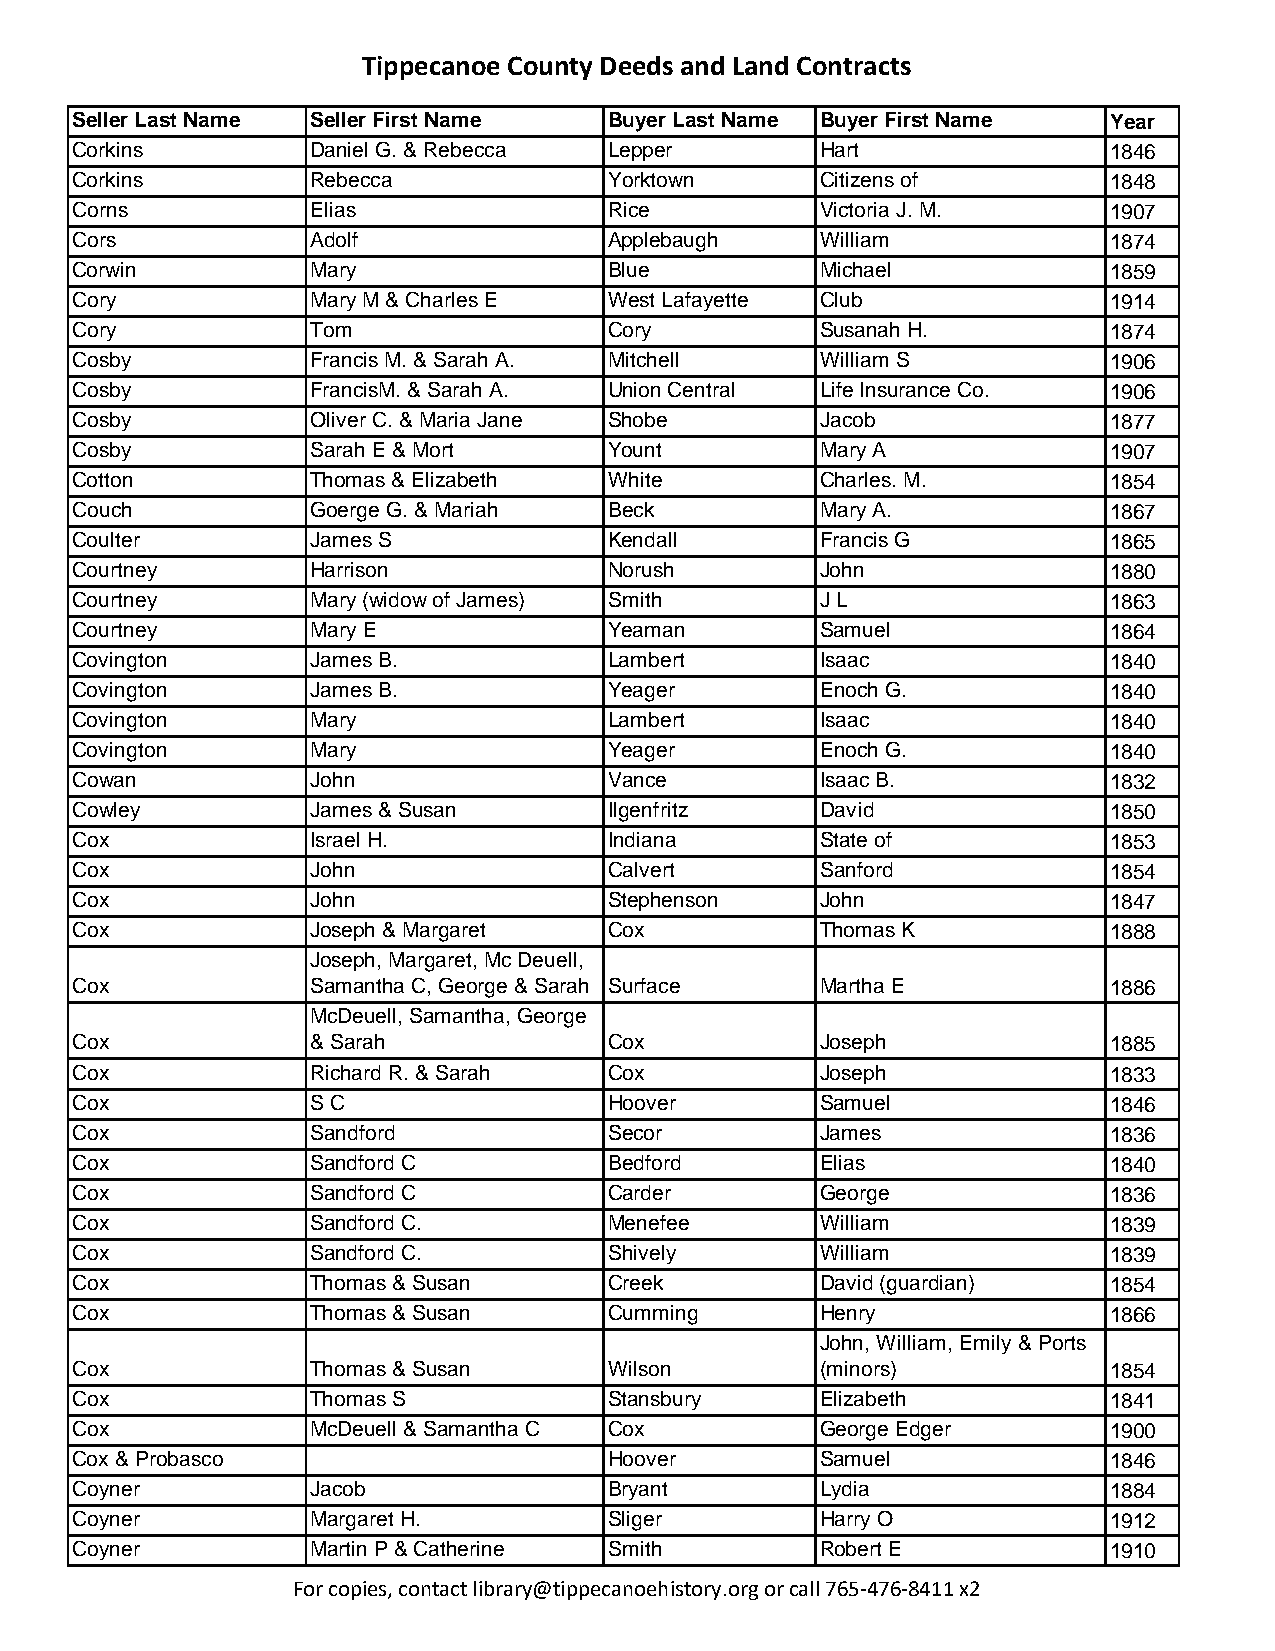
Tippecanoe County Deeds and Land Contracts
 Seller Last Name Seller First Name Buyer Last Name Buyer First Name Year
 Corkins         Daniel G. & Rebecca Lepper       Hart               1846
 Corkins         Rebecca            Yorktown      Citizens of        1848
 Corns           Elias              Rice          Victoria J. M.     1907
 Cors            Adolf              Applebaugh    William            1874
 Corwin          Mary               Blue          Michael            1859
 Cory            Mary M & Charles E West Lafayette Club              1914
 Cory            Tom                Cory          Susanah H.         1874
 Cosby           Francis M. & Sarah A. Mitchell   William S          1906
 Cosby           FrancisM. & Sarah A. Union Central Life Insurance Co. 1906
 Cosby           Oliver C. & Maria Jane Shobe     Jacob              1877
 Cosby           Sarah E & Mort     Yount         Mary A             1907
 Cotton          Thomas & Elizabeth White         Charles. M.        1854
 Couch           Goerge G. & Mariah Beck          Mary A.            1867
 Coulter         James S            Kendall       Francis G          1865
 Courtney        Harrison           Norush        John               1880
 Courtney        Mary (widow of James) Smith      J L                1863
 Courtney        Mary E             Yeaman        Samuel             1864
 Covington       James B.           Lambert       Isaac              1840
 Covington       James B.           Yeager        Enoch G.           1840
 Covington       Mary               Lambert       Isaac              1840
 Covington       Mary               Yeager        Enoch G.           1840
 Cowan           John               Vance         Isaac B.           1832
 Cowley          James & Susan      Ilgenfritz    David              1850
 Cox             Israel H.          Indiana       State of           1853
 Cox             John               Calvert       Sanford            1854
 Cox             John               Stephenson    John               1847
 Cox             Joseph & Margaret  Cox           Thomas K           1888
 Joseph, Margaret, Mc Deuell,
 Cox             Samantha C, George & Sarah Surface Martha E         1886
 McDeuell, Samantha, George
 Cox             & Sarah            Cox           Joseph             1885
 Cox             Richard R. & Sarah Cox           Joseph             1833
 Cox             S C                Hoover        Samuel             1846
 Cox             Sandford           Secor         James              1836
 Cox             Sandford C         Bedford       Elias              1840
 Cox             Sandford C         Carder        George             1836
 Cox             Sandford C.        Menefee       William            1839
 Cox             Sandford C.        Shively       William            1839
 Cox             Thomas & Susan     Creek         David (guardian)   1854
 Cox             Thomas & Susan     Cumming       Henry              1866
 John, William, Emily & Ports
 Cox             Thomas & Susan     Wilson        (minors)           1854
 Cox             Thomas S           Stansbury     Elizabeth          1841
 Cox             McDeuell & Samantha C Cox        George Edger       1900
 Cox & Probasco                     Hoover        Samuel             1846
 Coyner          Jacob              Bryant        Lydia              1884
 Coyner          Margaret H.        Sliger        Harry O            1912
 Coyner          Martin P & Catherine Smith       Robert E           1910
 For copies, contact library@tippecanoehistory.org or call 765-476-8411 x2